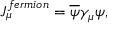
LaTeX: { \cal J } _ { \mu } ^ { f e r m i o n } = \overline { { { \psi } } } \gamma _ { \mu } \psi ,